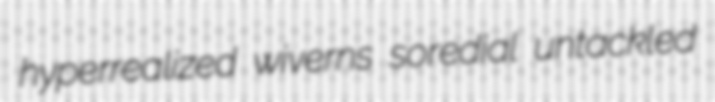
hyperrealized wiverns soredial untackled